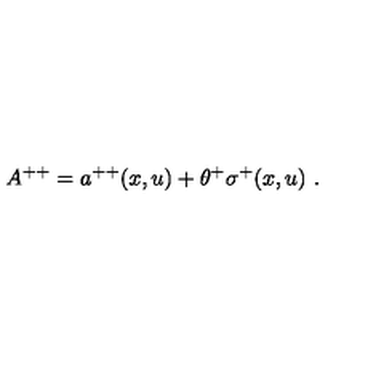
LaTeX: A ^ { + + } = a ^ { + + } ( x , u ) + \theta ^ { + } \sigma ^ { + } ( x , u ) \ .